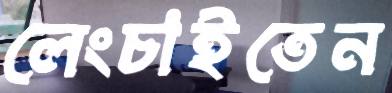
লেংচাইতেন